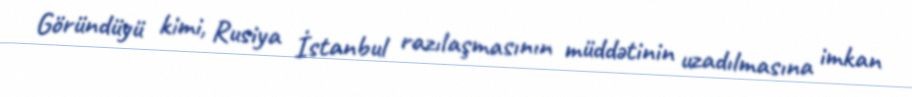
Göründüyü kimi, Rusiya İstanbul razılaşmasının müddətinin uzadılmasına imkan